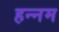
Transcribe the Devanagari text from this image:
हन्नम